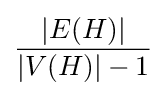
{\frac {|E(H)|}{|V(H)|-1}}